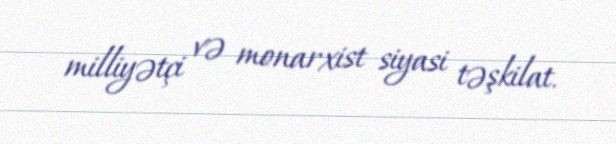
milliyətçi və monarxist siyasi təşkilat.